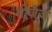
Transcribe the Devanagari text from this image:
मोज़ेज